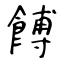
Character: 餺